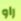
راو